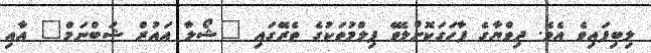
ލިބިފައިވެ އެވެ. ދިވްޔާގެ ފާހަގަކޮށްލެވޭ ފިލްމުތަކުގެ ތެރޭގައި "ޝޯލާ އައުރް ޝަބްނަމް" އާއި